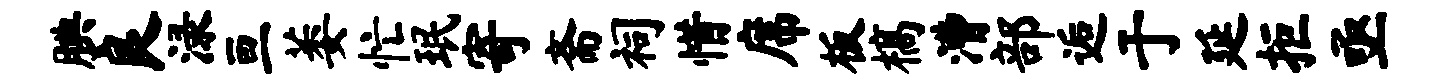
腆良渌亘萎忙珉寄斋祠惜席板槁漕部逅于延拒亟